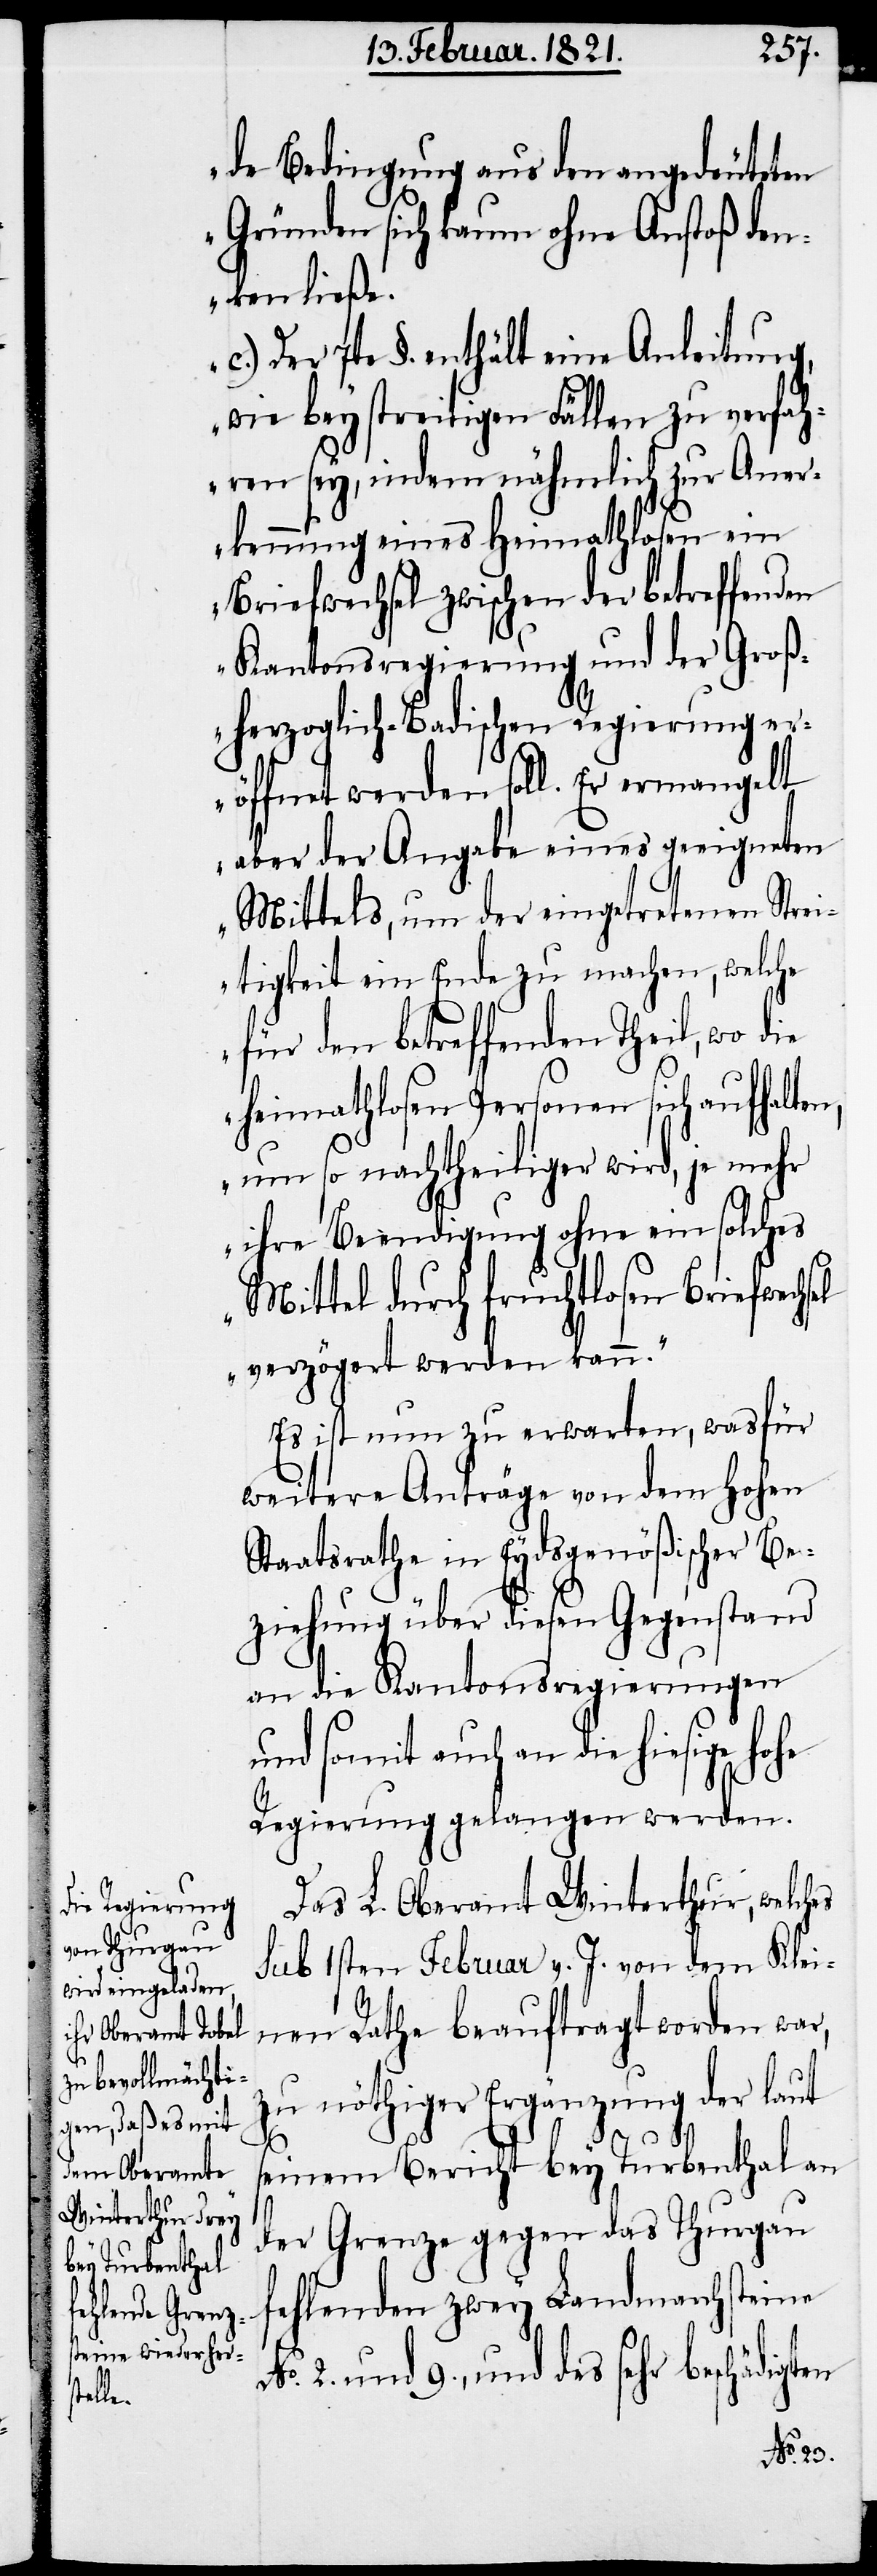
de Bedingung aus den angedeuteten
Gründen sich kaum ohne Anstoß den¬
ken ließe.
c.) Der 7te §. enthält eine Anleitung,
wie bey streitigen Fällen zu verfah¬
ren sey, indem nähmlich zur Aner¬
kennung eines Heimathlosen ein
Briefwechsel zwischen der betreffenden
Kantonsregierung und der Groß¬
herzoglich-Badischen Regierung e¬
röffnet werden soll. Er ermangelt
aber der Abgabe eines geeigneten
Mittels, um der eingetretenen Str¬
eitigkeit ein Ende zu machen, welche
für den betreffenden Theil, wo die
heimathlosen Personen sich aufhalte¬
n, um so nachtheiliger wird, je mehr
ihre Beendigung ohne ein solches
Mittel durch fruchtlosen Briefwechsel
verzögert werden kann.“
Es ist nun zu erwarten, wasfür
weitere Anträge von dem hohen
Staatsrathe in Eydsgenößischer Be¬
ziehung über diesen Gegenstand
an die Kantonsregierungen
und somit auch an die hiesige hohe
Regierung gelangen werden.
Das L. Oberamt Winterthur, welches
sub 1sten Februar v. J. von dem Klei¬
nen Rathe beauftragt worden war,
zu nöthiger Ergänzung der laut
seinem Bericht bey Turbenthal an
der Grenze gegen das Thurgau
fallenden zwey Landmarchsteine
9., und des sehr beschädigten
No. 2.